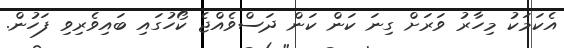
އެކަމަކު މިހާރު ވަރަށް ގިނަ ކަން ކަން ދަސްވެއްޖެ ކޯހުގައި ބައިވެރިވި ފަހުން.